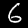
Digit: 6